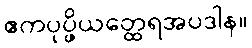
ဧကပုပ္ဖိယတ္ထေရအပဒါန။